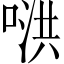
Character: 𪡥